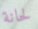
لحانة